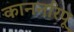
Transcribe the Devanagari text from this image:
काननरिपू